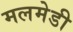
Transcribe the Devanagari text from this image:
मलमेडी